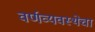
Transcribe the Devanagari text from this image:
वर्णव्यवस्थेचा